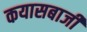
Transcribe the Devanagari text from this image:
कयासबाजी